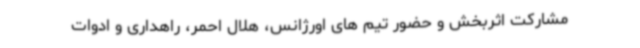
مشارکت اثربخش و حضور تیم های اورژانس، هلال احمر، راهداری و ادوات